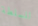
للسلطة